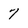
Character: 7